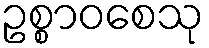
ဥစ္စာဝစေသု